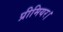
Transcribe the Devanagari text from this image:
प्रीमियर।